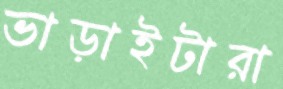
ভাড়াইটারা